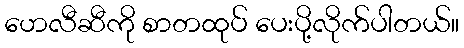
ဟေလီဆီကို စာတထုပ် ပေးပို့လိုက်ပါတယ်။